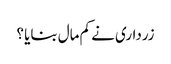
زرداری نے کم مال بنایا ؟